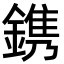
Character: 鎸